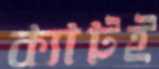
ক্যাটই